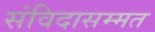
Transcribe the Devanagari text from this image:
संविदासम्मत